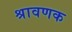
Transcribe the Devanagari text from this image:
श्रावणक